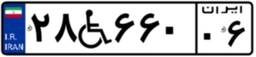
۳۲W۲۱۹۷۵